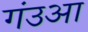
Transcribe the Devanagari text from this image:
गंउआ